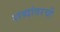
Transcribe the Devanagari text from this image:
शब्दांवरची